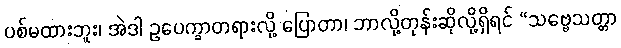
ပစ်မထားဘူး၊ အဲဒါ ဥပေက္ခာတရားလို့ ပြောတာ၊ ဘာလို့တုန်းဆိုလို့ရှိရင် “သဗ္ဗေသတ္တာ